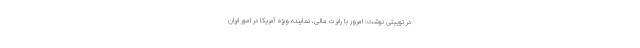
در توییتی نوشت: امروز با رابرت مالی، نماینده ویژه آمریکا در امور ایران